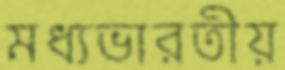
মধ্যভারতীয়